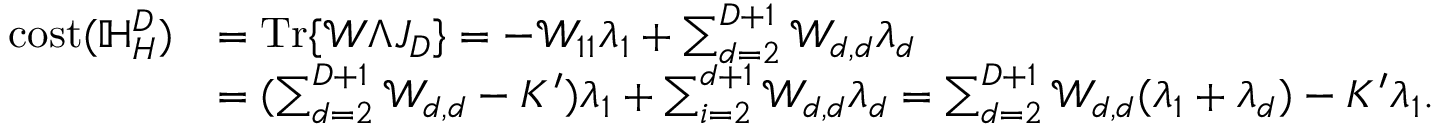
\begin{array} { r l } { \mathrm { c o s t } ( \mathbb { H } _ { H } ^ { D } ) } & { = \mathrm { T r } \{ \mathcal { W } \Lambda J _ { D } \} = - \mathcal { W } _ { 1 1 } \lambda _ { 1 } + \sum _ { d = 2 } ^ { D + 1 } \mathcal { W } _ { d , d } \lambda _ { d } } \\ & { = ( \sum _ { d = 2 } ^ { D + 1 } \mathcal { W } _ { d , d } - K ^ { \prime } ) \lambda _ { 1 } + \sum _ { i = 2 } ^ { d + 1 } \mathcal { W } _ { d , d } \lambda _ { d } = \sum _ { d = 2 } ^ { D + 1 } \mathcal { W } _ { d , d } ( \lambda _ { 1 } + \lambda _ { d } ) - K ^ { \prime } \lambda _ { 1 } . } \end{array}